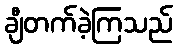
ချီတက်ခဲ့ကြသည်